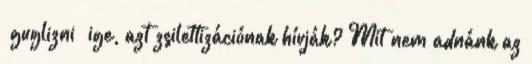
„guglizni” ige, azt zsilettizációnak hívják? Mit nem adnánk az